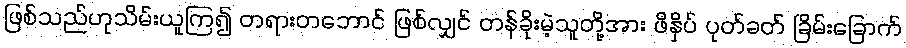
ဖြစ်သည်ဟုသိမ်းယူကြ၍ တရားတဘောင် ဖြစ်လျှင် တန်ခိုးမဲ့သူတို့အား ဖိနှိပ် ပုတ်ခတ် ခြိမ်းခြောက်